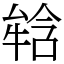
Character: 𤚥